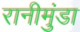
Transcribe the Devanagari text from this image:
रानीमुंडा